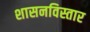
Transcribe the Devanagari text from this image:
शासनविस्तार